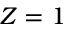
Z = 1